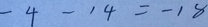
- 4 - 1 4 = - 1 8